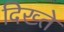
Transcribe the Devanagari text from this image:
दिख्ते